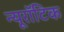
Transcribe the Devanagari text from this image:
न्यूरॉटिक